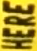
HERE